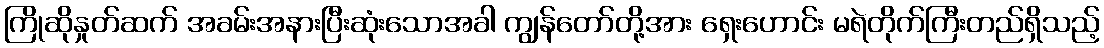
ကြိုဆိုနှုတ်ဆက် အခမ်းအနားပြီးဆုံးသောအခါ ကျွန်တော်တို့အား ရှေးဟောင်း မရဲတိုက်ကြီးတည်ရှိသည့်